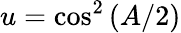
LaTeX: u=\cos^{2}\left(A/2\right)